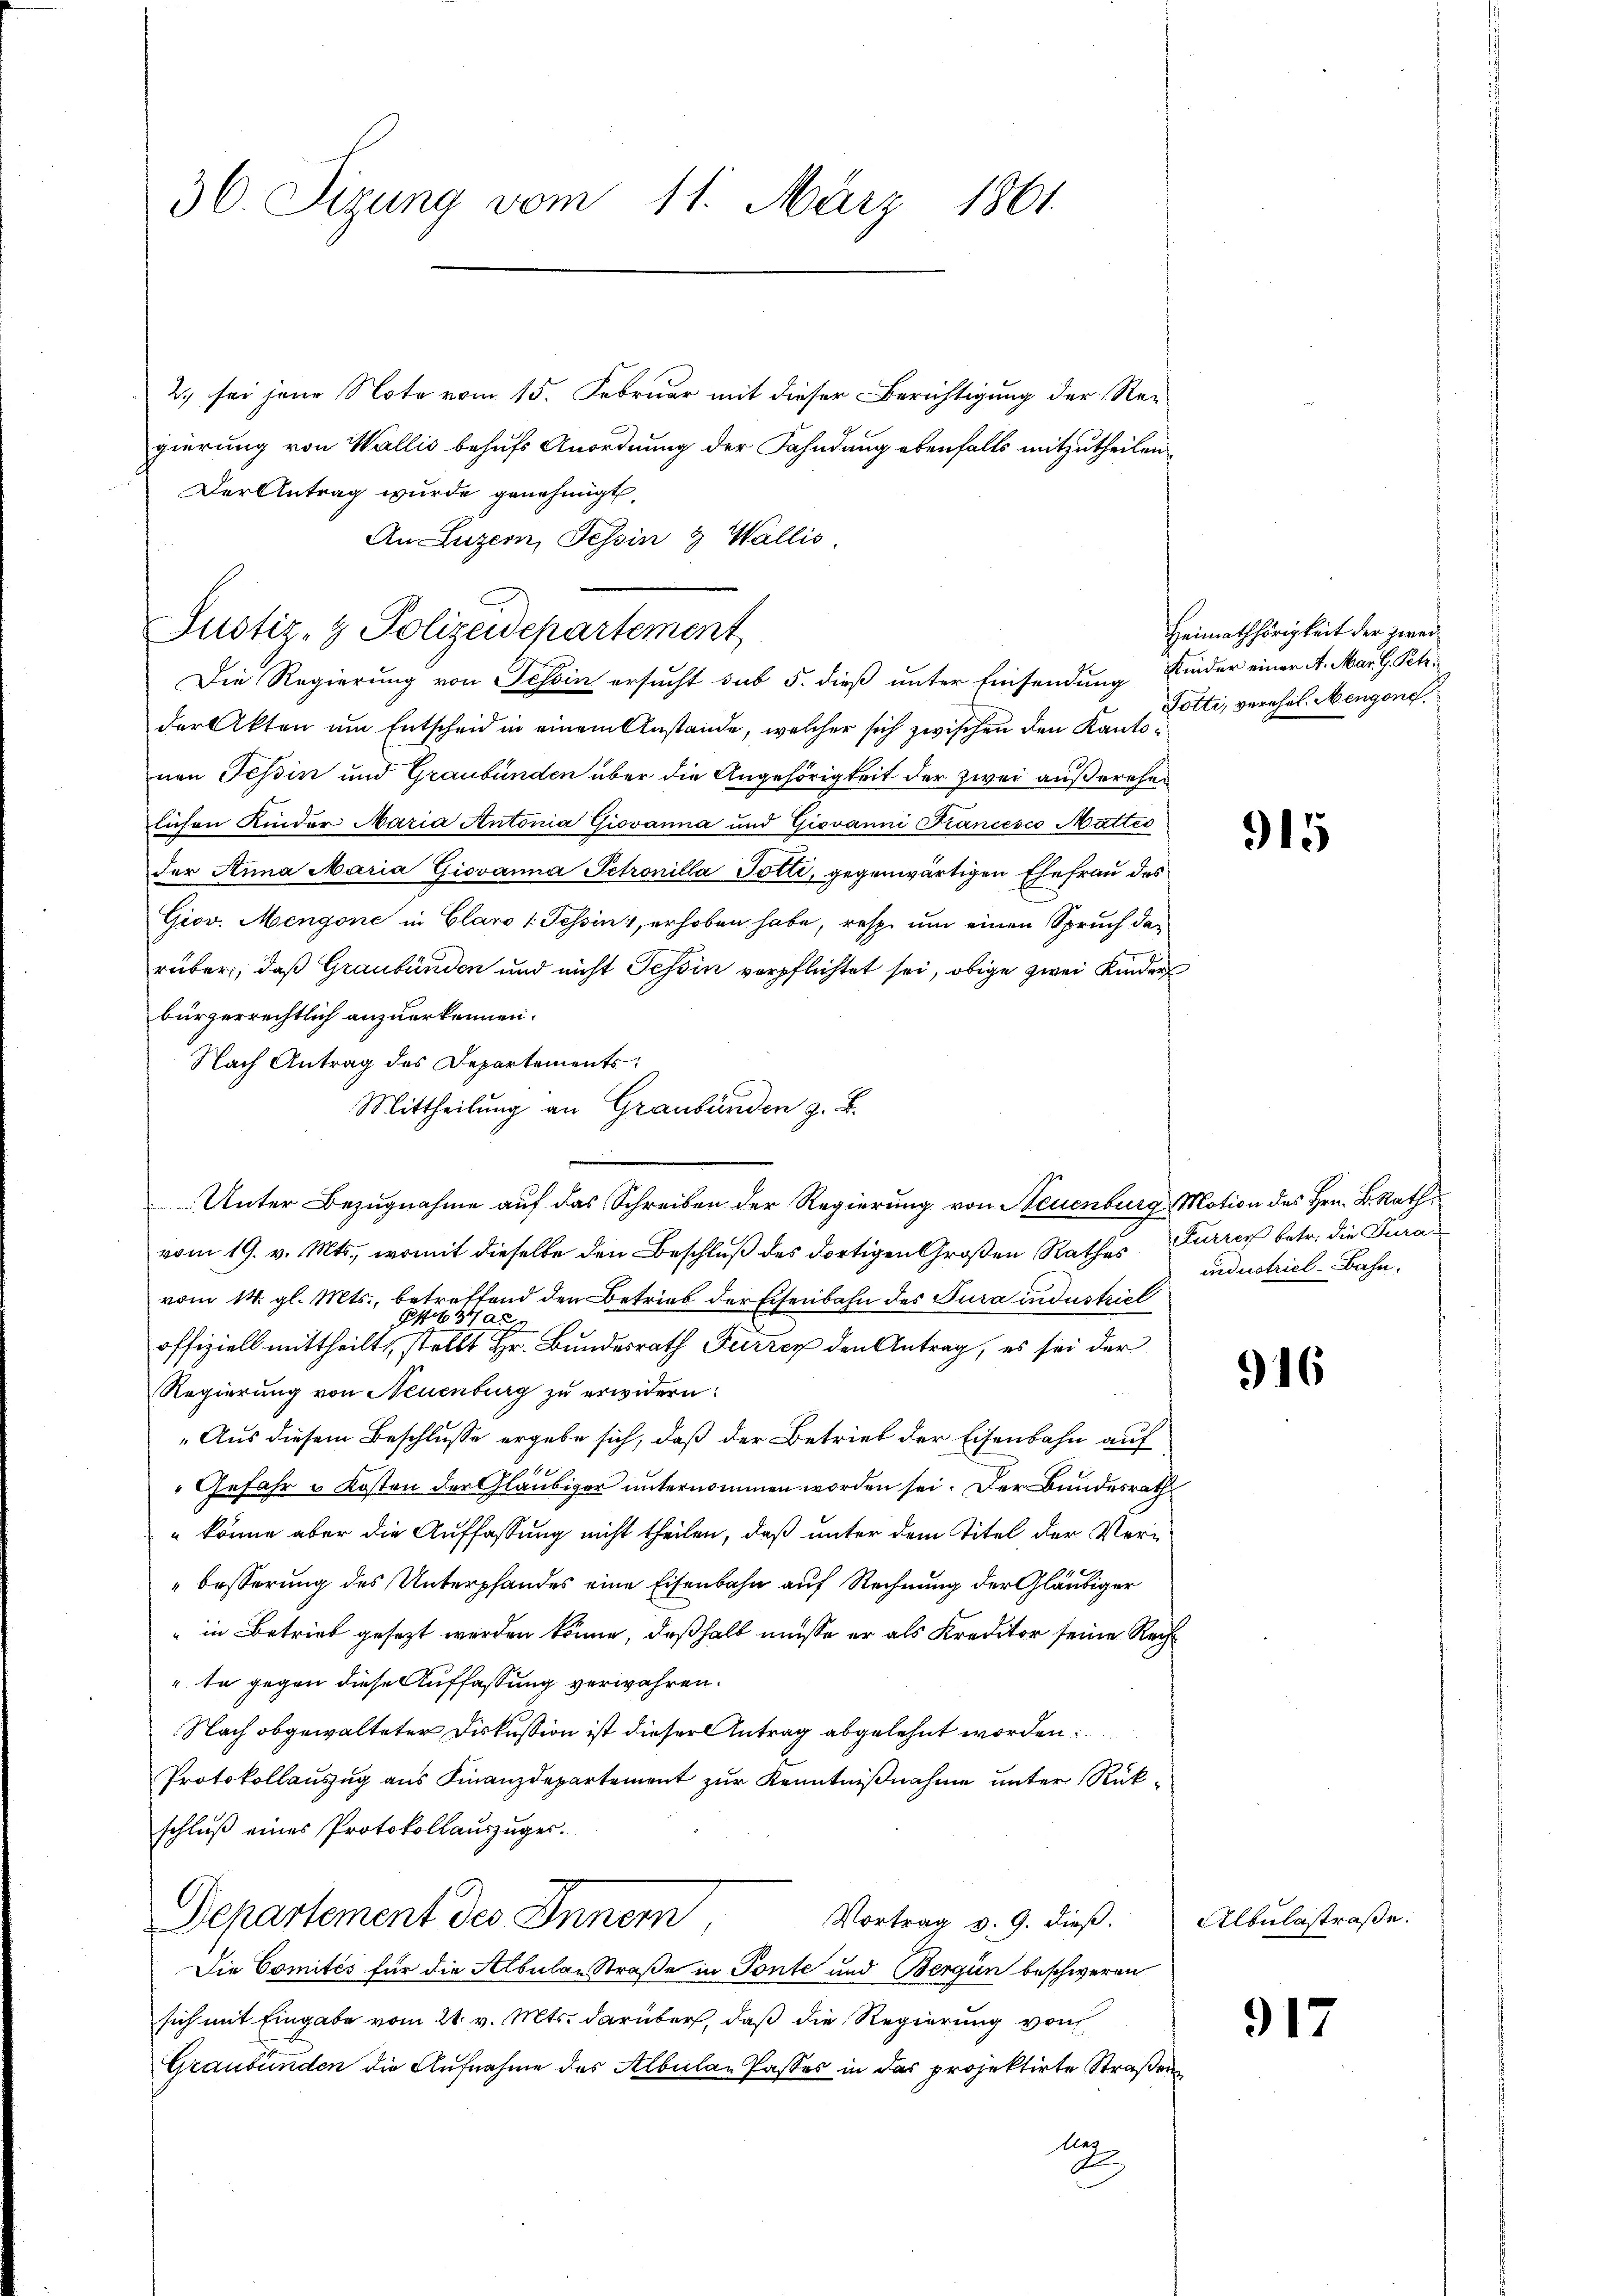
36. Sizung vom 11. März 1861

2.) sei jene Note vom 15. Februar mit dieser Berichtigung der Regierung von Wallis behufs Anordnung der Fahndung ebenfalls mitzutheilen.
Der Antrag wurde genehmigt,
An Luzern, Tessin & Wallis.
Die Regierung von Tessin ersucht sub 5. dieß unter Einsendung
der Akten um Entscheid in einem Anstände, welcher sich zwischen den Kantonen Tessin und Graubünden über die Angehörigkeit der zwei außerehen
lichen Kinder Maria Antonia Giovanna und Giovanni Francesco Mattés
der Anna Maria Giovanna Petronilla Potti, gegenwärtigen Ehefrau des
Giov. Mengone in Claro 1. Tessin, erhoben habe, resp. um einen Spruch darüber, daß Graubünden und nicht Tessin verpflichtet sei, obige zwei Kinder
bürgerrechtlich anzuerkennen.
Nach Antrag des Departements:
Mittheilung an Graubünden z. B.
vom 19. v. Mts., womit dieselbe den Beschluß des dortigen Großen Rathes
vom 14. gl. Mts., betreffend den Betrieb der Eisenbahn des Jura industriel
Höfftig auf 10.
offiziell mittheilt, stellt Hr. Bundesrath Furren den Antrag, es sei der
Regierung von Neuenburg zu erwidern:
„Aus diesem Beschlusse ergebe sich, daß der Betrieb der Eisenbahn auf
Gefahr u Kosten der Gläubiger unternommen worden sei. Der Bundesrath
" könne aber die Auffassung nicht theilen, daß unter dem Titel der Ver¬
" besserung des Unterpfandes eine Eisenbahn auf Rechnung der Gläubiger
" in Betrieb gesezt werden könne, deßhalb müsse er als Kreditor seine Rechte gegen diese Auffassung verwahren.
Nach obgewalteter Diskussion ist dieser Antrag abgelehnt worden
Protokollauszug aus Finanzdepartement zur Kenntnißnahme unter Rükschluß eines Protokollauszüger.
Departement des Inner
Vortrag v. 9. dieß.
Die Comités für die Albulan Straße in Tonte und Bergün beschweren
sich mit Eingabe vom 21. v. Mts. darüber, daß die Regierung von
Graubünden die Aufnahme des Albeilan Passes in das projektirte Straßen
Aug

Justiz- & Polizeidepartement

Unter Bezugnahme auf das Schreiben der Regierung von Neuenburg, Motion des Hrn. B. Rath¬

Heimathörigkeit der zwei¬
Kinder einer A. Mar. G. Petr.
Potti, verehel. Mengone

915

Furrer betr. die Jura
industriel-Bahn.

916

Albulastraße.

917